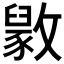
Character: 𫿘